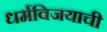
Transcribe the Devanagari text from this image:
धर्मविजयाची